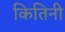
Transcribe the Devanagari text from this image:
कितिनी